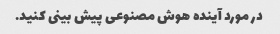
در مورد آینده هوش مصنوعی پیش بینی کنید.